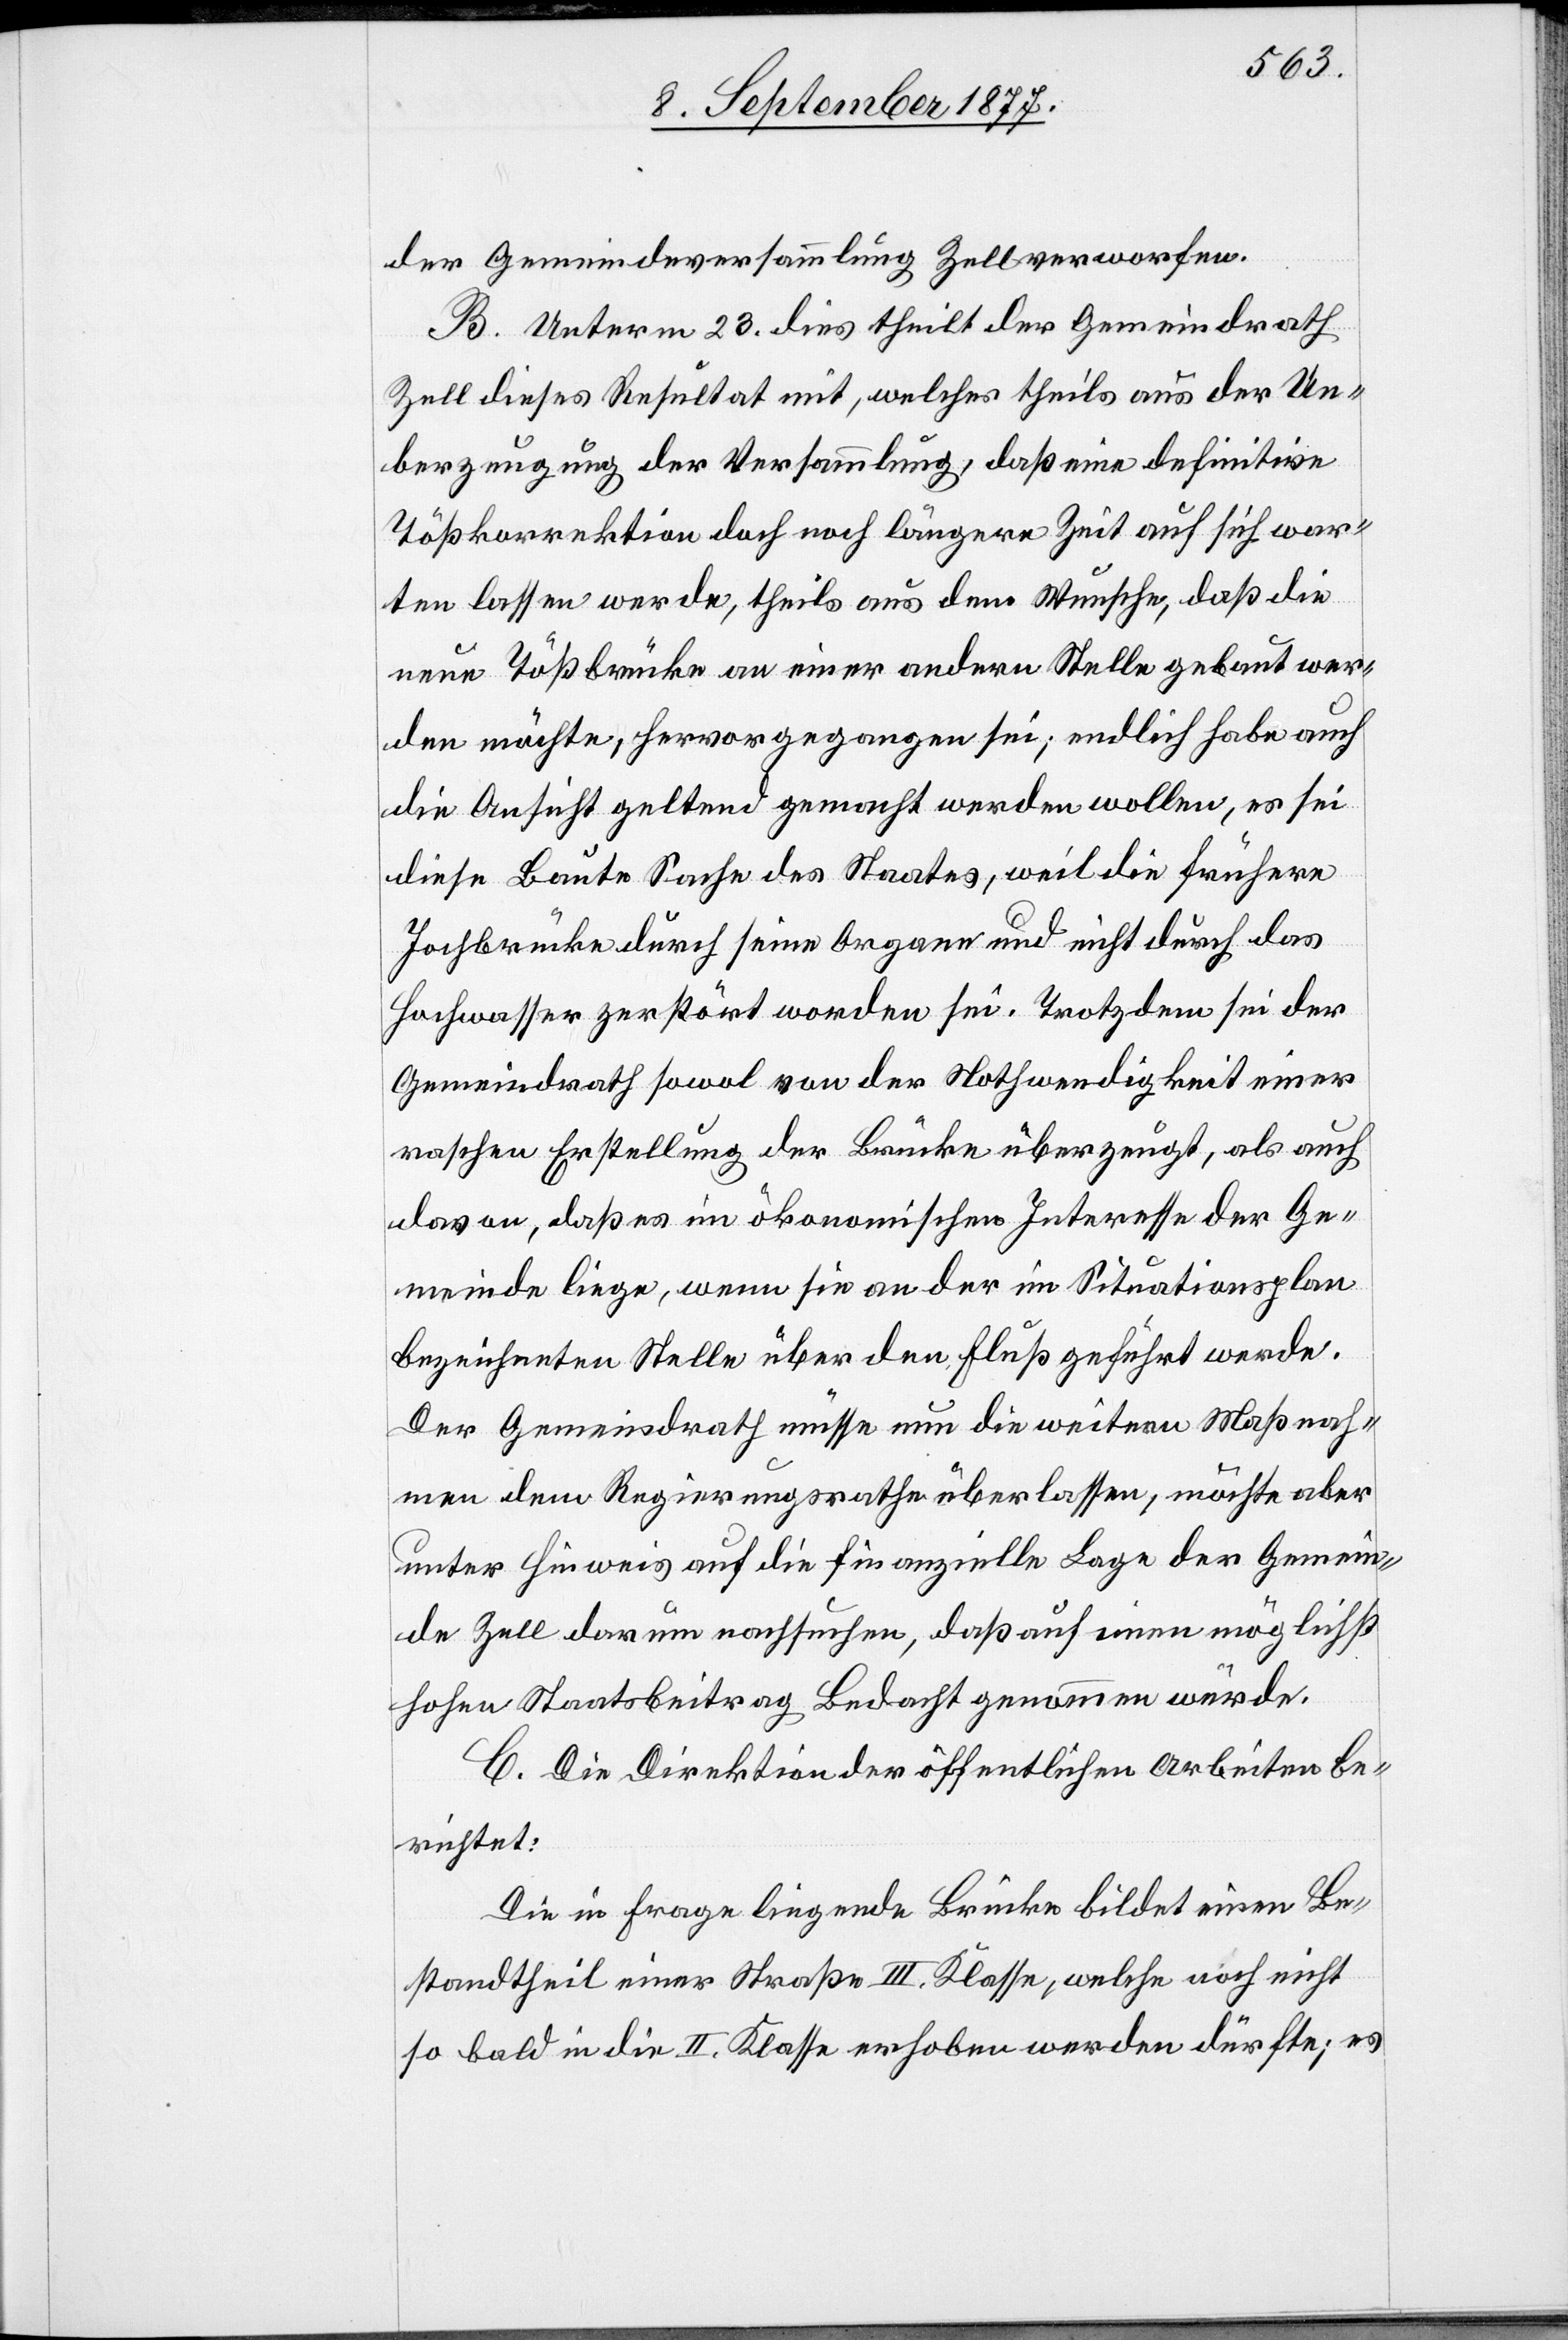
der Gemeindeversammlung Zell verworfen.
B. Unterm 23. dies theilt der Gemeindrath
Zell dieses Resultat mit, welches theils aus der Ue¬
berzeugung der Versammlung, daß eine definitive
Tößkorrektion doch noch längere Zeit auf sich war¬
ten lassen werde, theils aus dem Wunsche, daß die
neue Tößbrücke an einer andern Stelle gebaut wer¬
den möchte, hervorgegangen sei; endlich habe auch
die Ansicht geltend gemacht werden wollen, es sei
diese Baute Sache des Staates, weil die frühere
Jochbrücke durch seine Organe und nicht durch das
Hochwasser zerstört worden sei. Trotzdem sei der
Gemeindrath sowol von der Nothwendigkeit einer
raschen Erstellung der Brücke überzeugt, als auch
davon, daß es im ökonomischen Interesse der Ge¬
meinde liege, wenn sie an der im Situationsplan
bezeichneten Stelle über den Fluß geführt werde.
Der Gemeindrath müsse nun die weitern Maßnah¬
men dem Regierungsrathe überlassen, möchte aber
unter Hinweis auf die finanzielle Lage der Gemein¬
de Zell darum nachsuchen, daß auf einen möglichst
hohen Staatsbeitrag Bedacht genommen würde.
C. Die Direktion der öffentlichen Arbeiten be¬
richtet:
Die in Frage liegende Brücke bildet einen Be¬
standtheil einer Straße III. Klasse, welche noch nicht
so bald in die II. Klasse erhoben werden dürfte; es